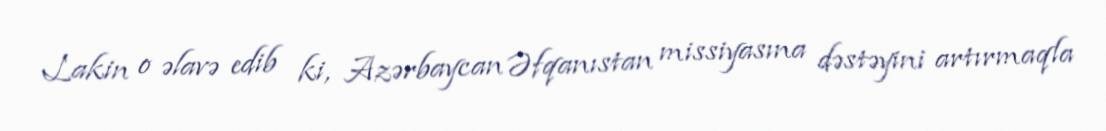
Lakin o əlavə edib ki, Azərbaycan Əfqanıstan missiyasına dəstəyini artırmaqla